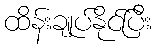
ထိန်းချုပ်နိုင်ပြီး